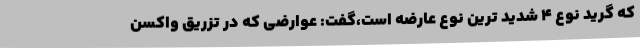
که گرید نوع ۴ شدید ترین نوع عارضه است،گفت: عوارضی که در تزریق واکسن